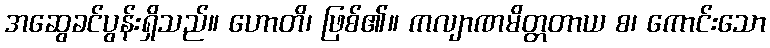
အဆွေခင်ပွန်းရှိသည်။ ဟောတိ၊ ဖြစ်၏။ ကလျာဏမိတ္တတာယ စ၊ ကောင်းသော